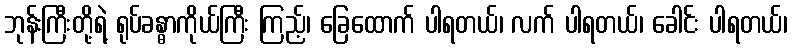
ဘုန်းကြီးတို့ရဲ့ ရုပ်ခန္ဓာကိုယ်ကြီး ကြည့်၊ ခြေထောက် ပါရတယ်၊ လက် ပါရတယ်၊ ခေါင်း ပါရတယ်၊